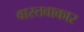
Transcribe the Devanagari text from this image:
वास्तवाकार